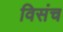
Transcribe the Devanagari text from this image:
विसंच